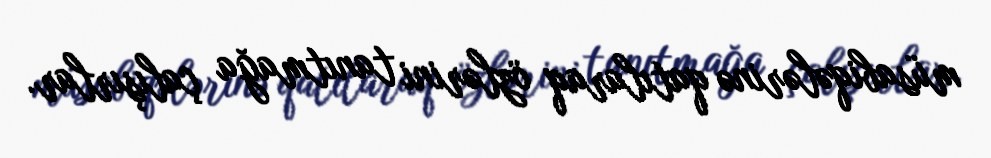
müsabiqələrinə qatılaraq özlərini tanıtmağa çalışırlar.